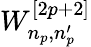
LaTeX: W_{n_{p},n_{p}^{\prime}}^{[2p+2]}